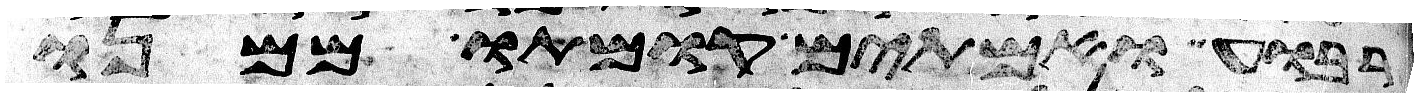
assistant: רבוע ואמתים קומתו ממנו